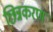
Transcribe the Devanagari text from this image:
छिन्नकरण